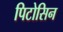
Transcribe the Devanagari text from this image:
पिटोसिन